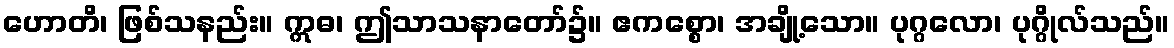
ဟောတိ၊ ဖြစ်သနည်း။ ဣဓ၊ ဤသာသနာတော်၌။ ဧကစ္စော၊ အချို့သော။ ပုဂ္ဂလော၊ ပုဂ္ဂိုလ်သည်။